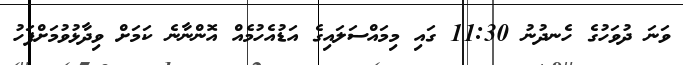
ވަނަ ދުވަހުގެ ހެނދުނު 11:30 ގައި މިމައްސަލައިގެ އަޑުއެހުމެއް އޮންނާނެ ކަމަށް ވިދާޅުވުމަށްފަހު